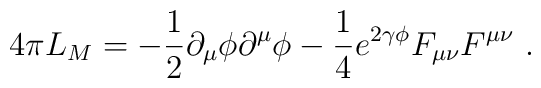
4 \pi L_M=-\frac{1}{2}\partial_\mu \phi \partial^\mu \phi -\frac{1}{4} e^{2 \gamma \phi } F_{\mu\nu} F^{\mu\nu}\ .